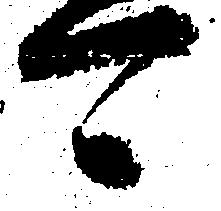
可